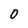
Character: 0